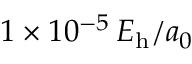
1 \times 1 0 ^ { - 5 } \, E _ { \mathrm { h } } / a _ { 0 }